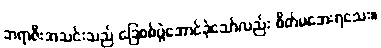
ဘရာဇီးအသင်းသည် ခြေစစ်ပွဲအောင်ခဲ့သော်လည်း စိတ်မအေးရသေး။